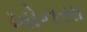
ખોનસા